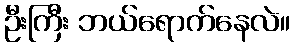
ဦးကြီး ဘယ်ရောက်နေလဲ။